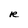
Character: R